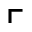
\ulcorner